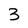
Character: 3